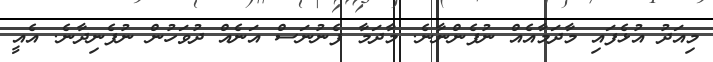
މިއަދު އުޅެފައި މާދަމާއެއް ނުފެންނާނެ. މާދަމާ ފެނުނަސް އަނެއް ދުވަހުން ނުފެނިދާނެ. އެއީ